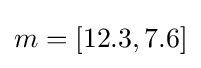
m=[12.3,7.6]